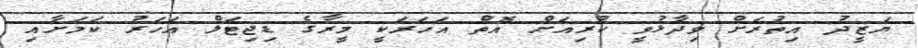
ޔަޒީދު އިތުރަށް ވިދާޅުވީ ކުރިއަށް އޮތް އަހަރަކީ މީރާގެ ޑިޖިޓަލް އަހަރު ކަމަށާއި